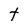
Character: t